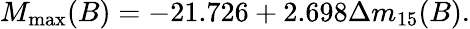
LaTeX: M_{\mathrm{max}}(B)=-21.726+2.698\Delta m_{15}(B).